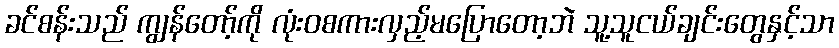
ခင်စန်းသည် ကျွန်တော့်ကို လုံးဝစကားလှည့်မပြောတော့ဘဲ သူ့သူငယ်ချင်းတွေနှင့်သာ